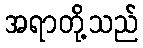
အရာတို့သည်